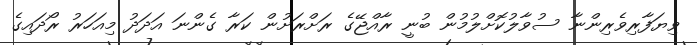
ވިޔަފާރިވެރިންނާ ސުވާލުކޮށްލުމުން ބުނީ ރާއްޖޭގެ ރަށްރަށުން ކަރާ ގެންނަ އަދަދު މިއަހަރު ރޯދައިގެ